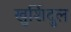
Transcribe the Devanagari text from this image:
खुर्शिदुल